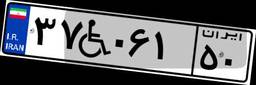
۵۲W۸۸۲۱۷